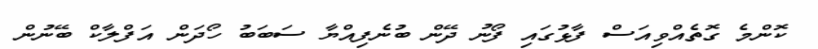
ކޮންމެ ގޮތެއްވިއަސް ފާޅުގައި ފޯނު ދޭން ބުނެފިއްޔާ ސަބަބު ހޯދަން އަފްލާކް ބޭނުން